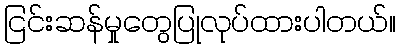
ငြင်းဆန်မှုတွေပြုလုပ်ထားပါတယ်။